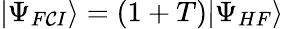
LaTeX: |\Psi_{F\mathcal{C}I}\rangle=(1+T)|\Psi_{HF}\rangle